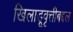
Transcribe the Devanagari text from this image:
खिलाडूवृत्तीबद्दल